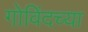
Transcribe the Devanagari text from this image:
गोविंदच्या